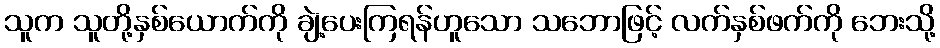
သူက သူတို့နှစ်ယောက်ကို ချဲ့ပေးကြရန်ဟူသော သဘောဖြင့် လက်နှစ်ဖက်ကို ဘေးသို့